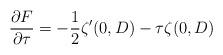
LaTeX: \begin{align*} \frac{\partial F}{ \partial \tau} = - \frac{1}{2}\zeta'(0, D) - \tau \zeta(0, D) \end{align*}